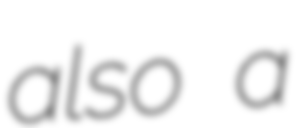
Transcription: also a